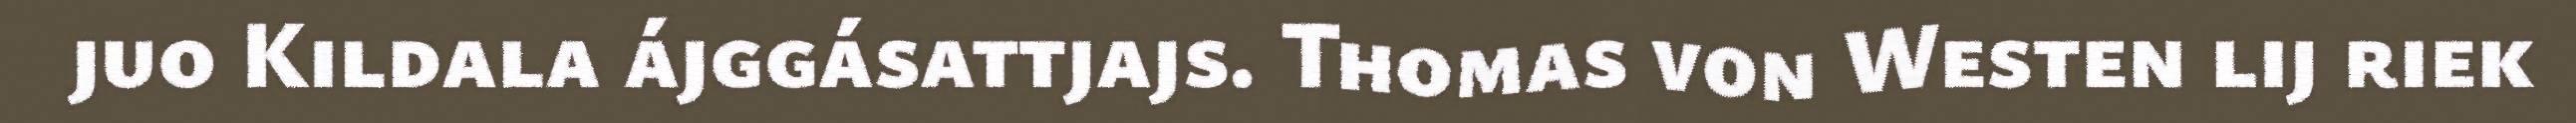
juo Kildala ájggásattjajs. Thomas von Westen lij riek